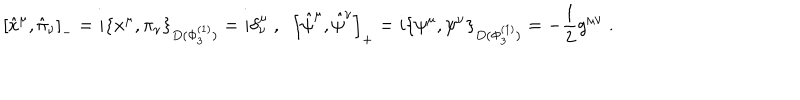
LaTeX: \left[ \hat { x } ^ { \mu } , \hat { \pi } _ { \nu } \right] _ { - } = i \left\{ x ^ { \mu } , \pi _ { \nu } \right\} _ { D ( \Phi _ { 3 } ^ { ( 1 ) } ) } = i \delta _ { \nu } ^ { \mu } \; , \; \; \left[ \hat { \psi } ^ { \mu } , \hat { \psi } ^ { \nu } \right] _ { + } = i \left\{ \psi ^ { \mu } , \psi ^ { \nu } \right\} _ { D ( \Phi _ { 3 } ^ { ( 1 ) } ) } = - \frac { 1 } { 2 } g ^ { \mu \nu } \; .